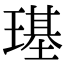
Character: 璂